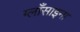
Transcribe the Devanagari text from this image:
ग्लाँसाइना